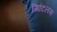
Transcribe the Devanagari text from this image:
मिटिलस